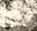
أصبح